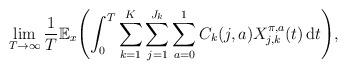
LaTeX: \begin{align*} \lim_{T\to\infty} \frac{1}{T}\mathbb{E}_x \Biggl(\int_0^T \sum_{k=1}^K \sum_{j=1}^{J_k} \sum_{a=0}^{1}C_{k}(j,a) X_{j,k}^{\pi,a}(t)\,\mathrm {d}t \Biggr),\end{align*}